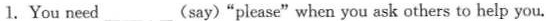
l.You need___(say)"please"when you ask others to help you.